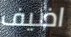
اضيف